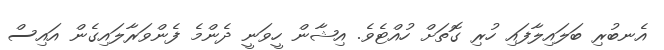
އެނބުރި ބަލައިލާފައި ހުރި ގޮތަށް ހުއްޓެވެ. އިޝާން ހީވަނީ ދެންމެ ފެންވަރާލައިގެން އައިސް